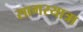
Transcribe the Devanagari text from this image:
सागरयात्रा